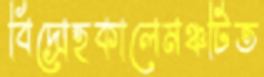
বিদ্রোহকালেমঞ্চটিত